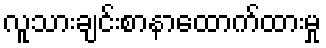
လူသားချင်းစာနာထောက်ထားမှု